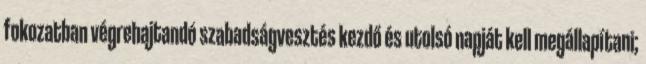
fokozatban végrehajtandó szabadságvesztés kezdő és utolsó napját kell megállapítani;